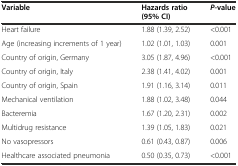
<table><thead><tr><td><b>Variable</b></td><td><b>Hazards ratio (95% CI)</b></td><td><b><i>P</i>-value</b></td></tr></thead><tbody><tr><td>Heart failure</td><td>1.88 (1.39, 2.52)</td><td>&lt;0.001</td></tr><tr><td>Age (increasing increments of 1 year)</td><td>1.02 (1.01, 1.03)</td><td>0.001</td></tr><tr><td>Country of origin, Germany</td><td>3.05 (1.87, 4.96)</td><td>&lt;0.001</td></tr><tr><td>Country of origin, Italy</td><td>2.38 (1.41, 4.02)</td><td>0.001</td></tr><tr><td>Country of origin, Spain</td><td>1.91 (1.16, 3.14)</td><td>0.011</td></tr><tr><td>Mechanical ventilation</td><td>1.88 (1.02, 3.48)</td><td>0.044</td></tr><tr><td>Bacteremia</td><td>1.67 (1.20, 2.31)</td><td>0.002</td></tr><tr><td>Multidrug resistance</td><td>1.39 (1.05, 1.83)</td><td>0.021</td></tr><tr><td>No vasopressors</td><td>0.61 (0.43, 0.87)</td><td>0.006</td></tr><tr><td>Healthcare associated pneumonia</td><td>0.50 (0.35, 0.73)</td><td>&lt;0.001</td></tr></tbody></table>